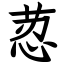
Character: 荵